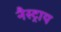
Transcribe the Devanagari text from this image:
नैस्ट्राय